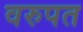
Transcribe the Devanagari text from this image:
वरुपत